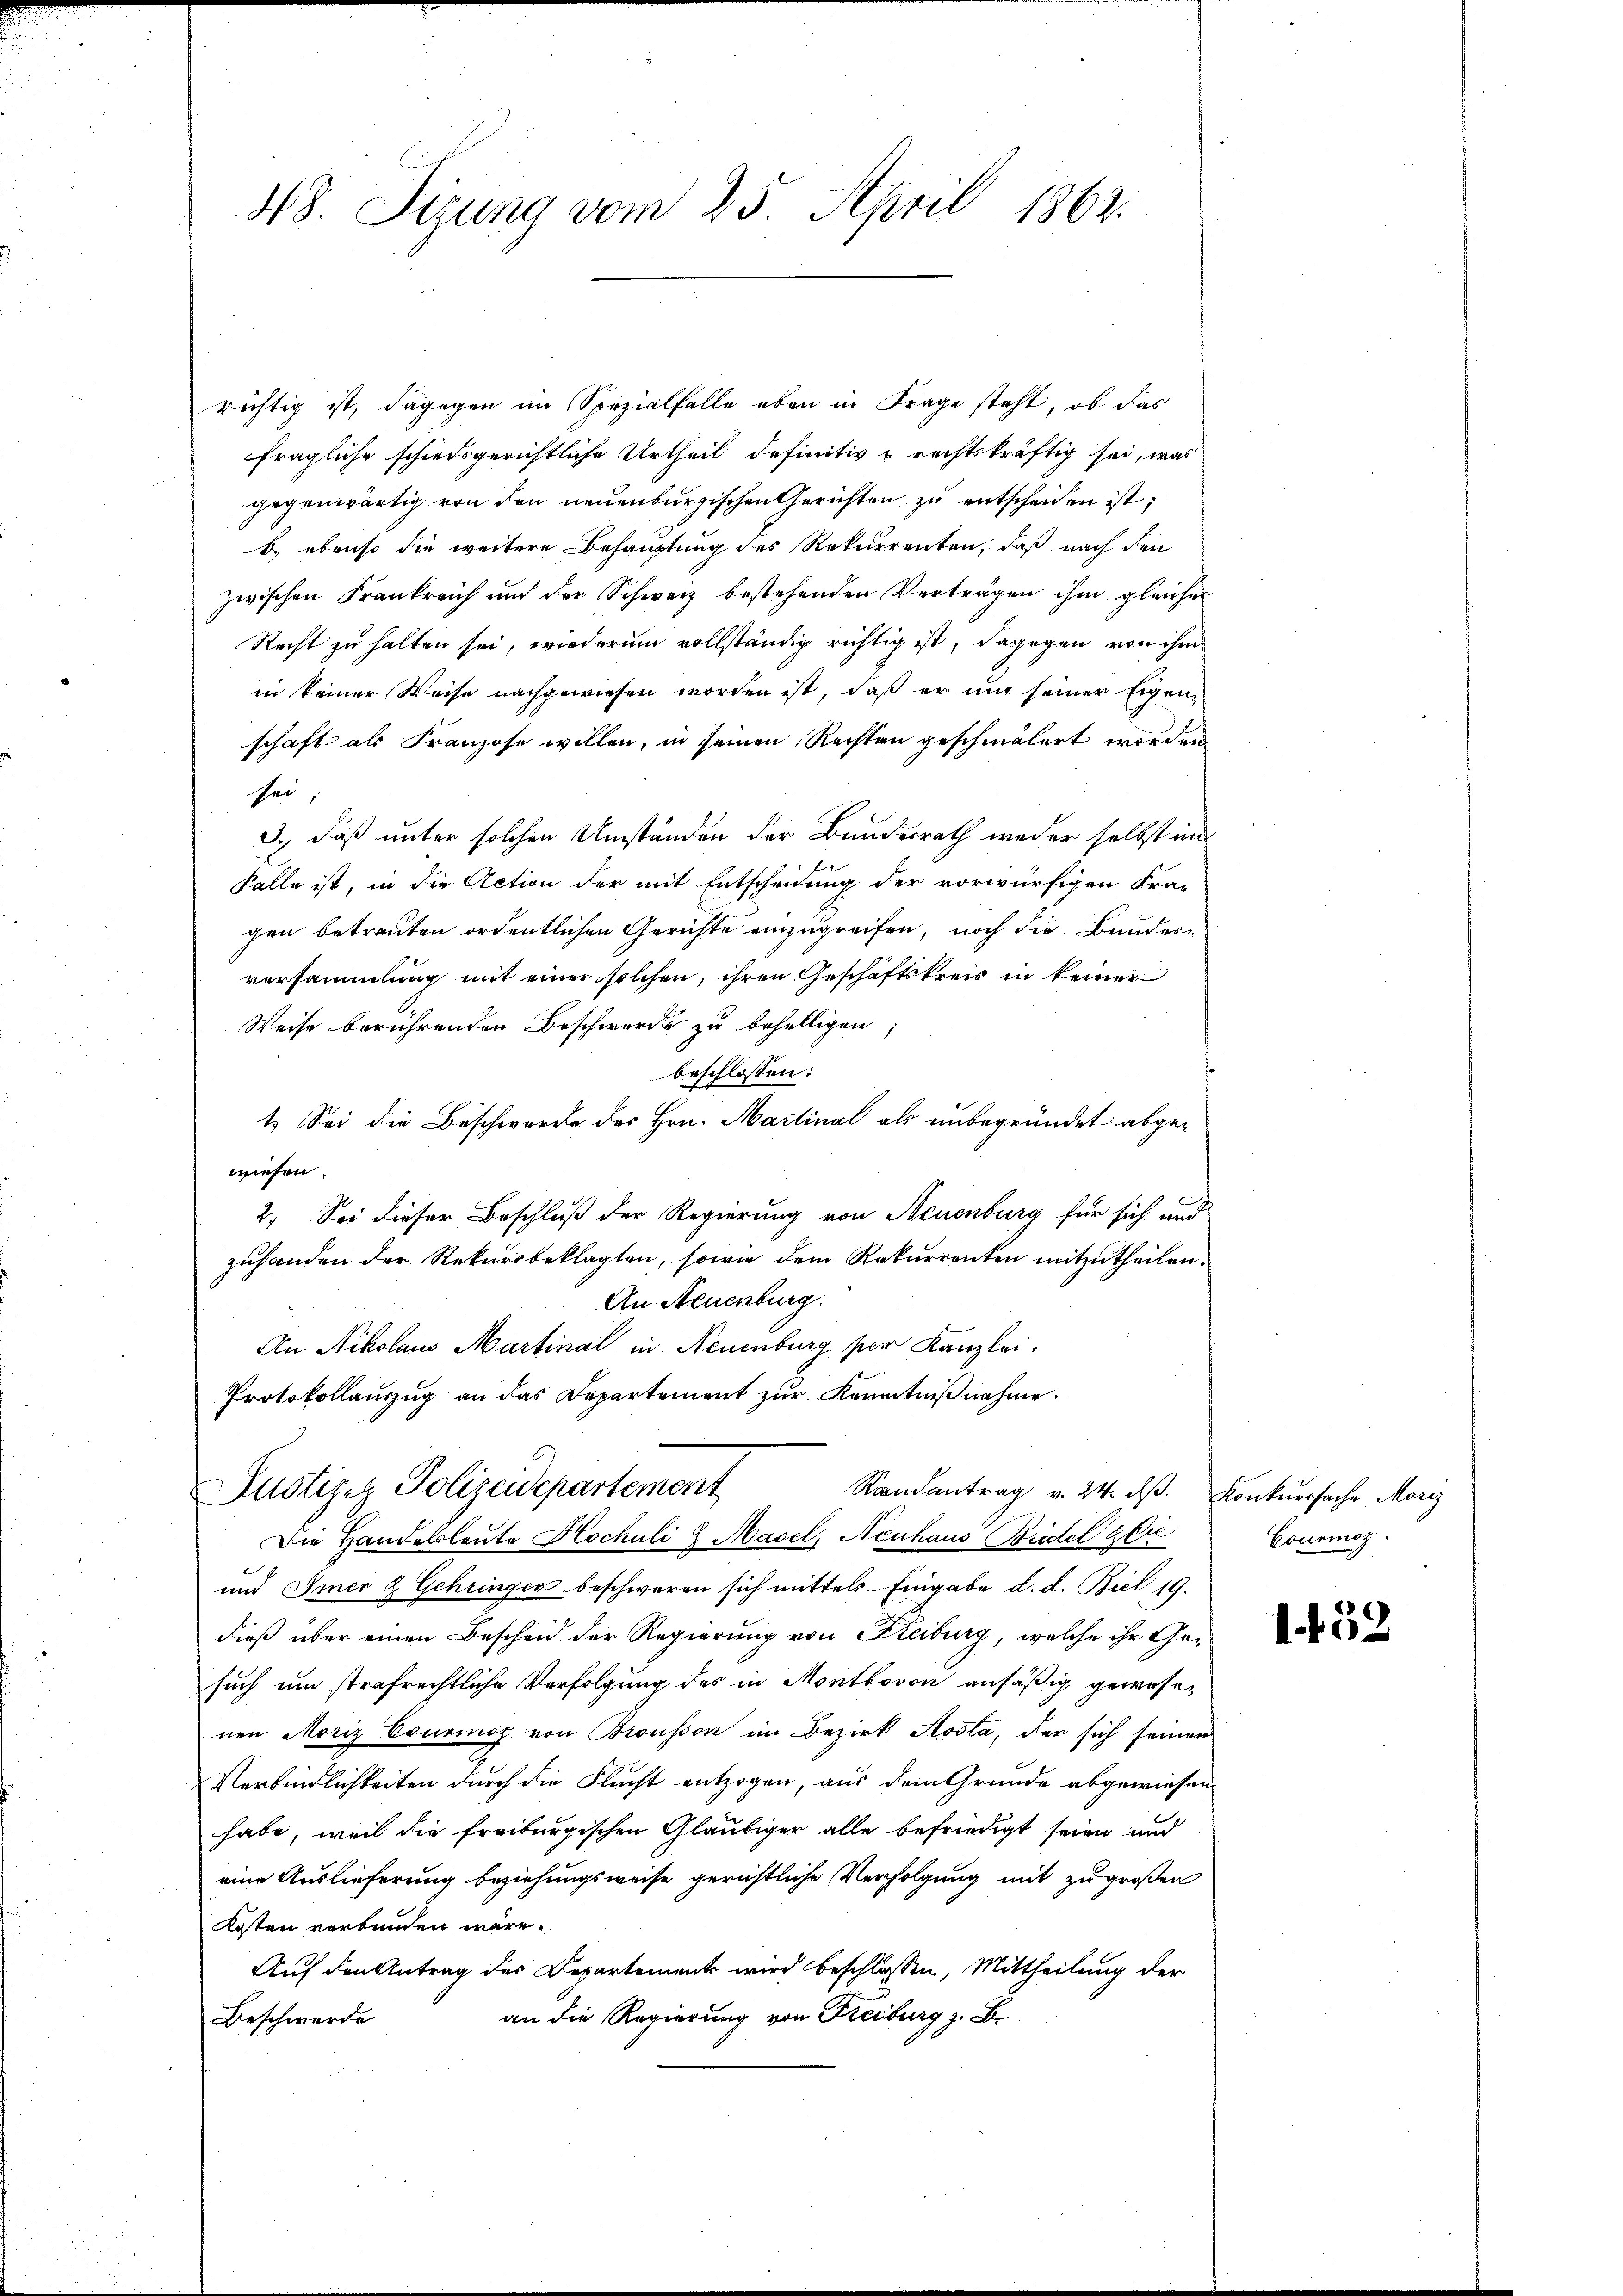
48. Sizung vom 23. April 1862.

richtig ist, dagegen im Spezialfalle eben in Frage steht, ob das
fragliche schiedsgerichtliche Urtheil definitiv & rechtskräftig sei, was
gegenwärtig von den neuenburgischen Gerichten zu entscheiden ist;
b) ebenso die weitere Behauptung des Rekurrenten, daß nach den
zwischen Frankreich und der Schweiz bestehenden Verträgen ihm gleicher
Recht zu halten sei, wiederum vollständig richtig ist, dagegen von ihm
in keiner Weise nachgewiesen worden ist, daß er und seiner Eigen-
schaft als Franzose willen, in seinen Rechten geschmälert worden
sei,
3.) Daß unter solchen Umständen der Bundesrath weder selbst in
Falle ist, in die Action der mit Entscheidung der vorwürfigen Fra-
gen betreuten ordentlichen Gerichte einzugreifen, noch die Bundesversammlung mit einer solchen, ihren Geschäftskreis in keiner
Weise berührenden Beschwerde zu behelligen
beschlossen:
1. Sei die Beschwerde des Hrn. Martinal als unbegründet abgewiesen.
2. Sei dieser Beschluß der Regierung von Neuenburg für sich und
zuhanden der Rekursbeklagten, sowie dem Rekurrenten mitzutheilen.
An Neuenburg.
An Nikolaus Martinal in Neuenburg per Kanzlei.
Protokollauszug an das Departement zur Kenntniβnahme.

Justiziz Polizeidepartement
Randantrag v. 24. dβ. Konkurssache Morg

Die Handesleute Hochuli & Masel, Neuhaus Bridel gere
und Immer & Gehringer beschweren sich mittels- Eingabe d. d. Biel 19.
dieß über einen Bescheid der Regierung von Freiburg, welche ihr Gesuch um strafrechtliche Verfolgung des in Montbovon ansäßig gewesenen Moriz Esurios von Brousson im Bezirk Aosta, der sich seinen
Verbindlichkeiten durch die Flucht entzogen, aus dem Grunde abgewiesen
habe, weil die freiburgischen Gläubiger alle befriedigt seien und
eine Auslieferung beziehungsweise gerichtliche Verfolgung mit zu großen
Kosten verbunden wäre.
Auf den Antrag des Departement wird beschlossen, Mittheilung der
an die Regierung von Freiburg z. B.
Beschwerde

Couemoz.

1452